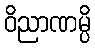
ဝိညာဏမ္ပိ